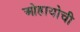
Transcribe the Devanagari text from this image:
ओहायोची